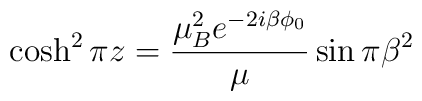
\cosh^{2}\pi z=\frac{\mu_{B}^{2}e^{-2i\beta\phi_{0}}}{\mu}\sin\pi\beta^{2}